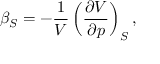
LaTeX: \beta _ { S } = - { \frac { 1 } { V } } \left( { \frac { \partial V } { \partial p } } \right) _ { S } ,